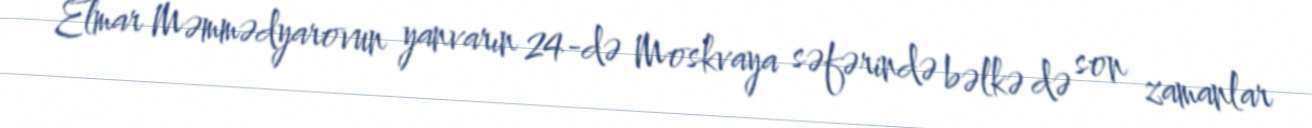
Elmar Məmmədyarovun yanvarın 24-də Moskvaya səfərində bəlkə də son zamanlar